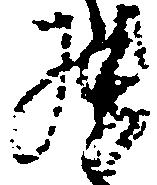
罷